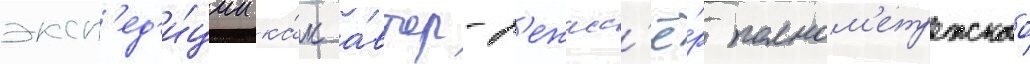
эксп'ед'и́ции ка́к а́втор-р'ежисс'ё́р полном'етражного